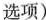
选项)